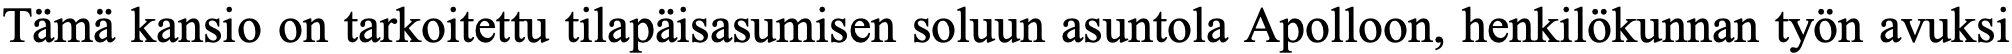
Tämä kansio on tarkoitettu tilapäisasumisen soluun asuntola Apolloon, henkilökunnan työn avuksi